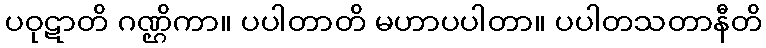
ပဝုဋာတိ ဂဏ္ဌိကာ။ ပပါတာတိ မဟာပပါတာ။ ပပါတသတာနီတိ